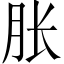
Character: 胀